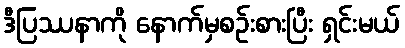
ဒီပြဿနာကို နောက်မှစဉ်းစားပြီး ရှင်းမယ်